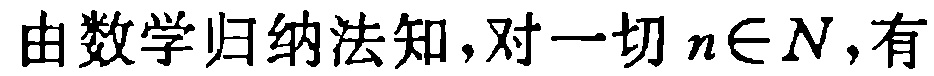
由数学归纳法知,对一切 \(n\in N\),有